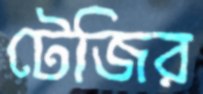
টেজির